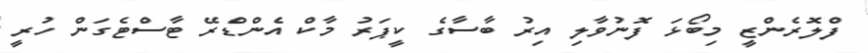
ފްލޮރެންޒީ މިބޯޅަ ފޮނުވާލި އިރު ބާސާގެ ކީޕަރު މާކް އެންޑްރޭ ޓާސްޓެގަން ހުރީ